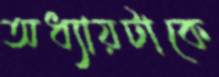
অধ্যায়টাকে